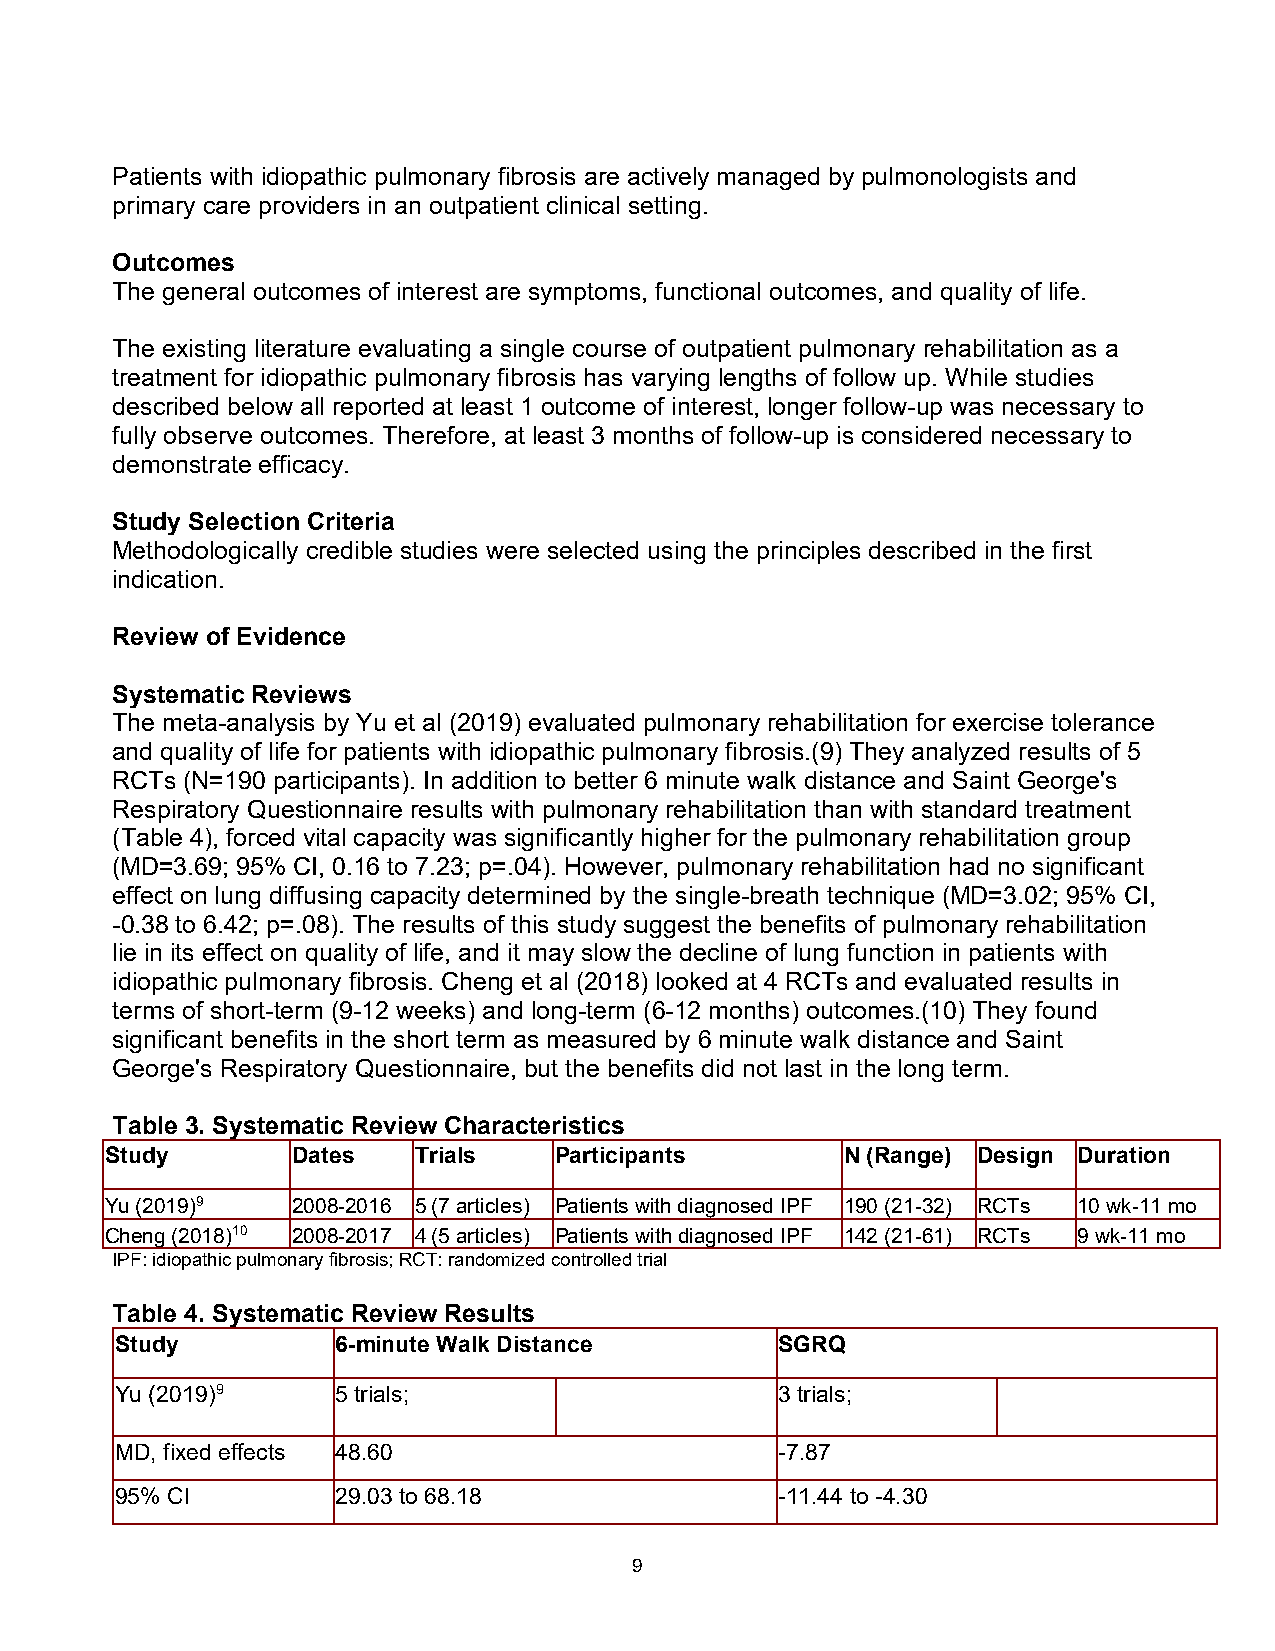
Patients with idiopathic pulmonary fibrosis are actively managed by pulmonologists and
 primary care providers in an outpatient clinical setting.
 Outcomes
 The general outcomes of interest are symptoms, functional outcomes, and quality of life.
 The existing literature evaluating a single course of outpatient pulmonary rehabilitation as a
 treatment for idiopathic pulmonary fibrosis has varying lengths of follow up. While studies
 described below all reported at least 1 outcome of interest, longer follow-up was necessary to
 fully observe outcomes. Therefore, at least 3 months of follow-up is considered necessary to
 demonstrate efficacy.
 Study Selection Criteria
 Methodologically credible studies were selected using the principles described in the first
 indication.
 Review of Evidence
 Systematic Reviews
 The meta-analysis by Yu et al (2019) evaluated pulmonary rehabilitation for exercise tolerance
 and quality of life for patients with idiopathic pulmonary fibrosis.(9) They analyzed results of 5
 RCTs (N=190 participants). In addition to better 6 minute walk distance and Saint George's
 Respiratory Questionnaire results with pulmonary rehabilitation than with standard treatment
 (Table 4), forced vital capacity was significantly higher for the pulmonary rehabilitation group
 (MD=3.69; 95% CI, 0.16 to 7.23; p=.04). However, pulmonary rehabilitation had no significant
 effect on lung diffusing capacity determined by the single-breath technique (MD=3.02; 95% CI,
 -0.38 to 6.42; p=.08). The results of this study suggest the benefits of pulmonary rehabilitation
 lie in its effect on quality of life, and it may slow the decline of lung function in patients with
 idiopathic pulmonary fibrosis. Cheng et al (2018) looked at 4 RCTs and evaluated results in
 terms of short-term (9-12 weeks) and long-term (6-12 months) outcomes.(10) They found
 significant benefits in the short term as measured by 6 minute walk distance and Saint
 George's Respiratory Questionnaire, but the benefits did not last in the long term.
 Table 3. Systematic Review Characteristics
 Study       Dates   Trials    Participants       N (Range) Design Duration
 Yu (2019)9  2008-2016 5 (7 articles) Patients with diagnosed IPF 190 (21-32) RCTs 10 wk-11 mo
 Cheng (2018)10 2008-2017 4 (5 articles) Patients with diagnosed IPF 142 (21-61) RCTs 9 wk-11 mo
 IPF: idiopathic pulmonary fibrosis; RCT: randomized controlled trial
 Table 4. Systematic Review Results
 Study         6-minute Walk Distance        SGRQ
 Yu (2019)9    5 trials;                     3 trials;
 MD, fixed effects 48.60                     -7.87
 95% CI        29.03 to 68.18                -11.44 to -4.30
 9